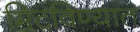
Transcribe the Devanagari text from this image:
मिटविण्यात